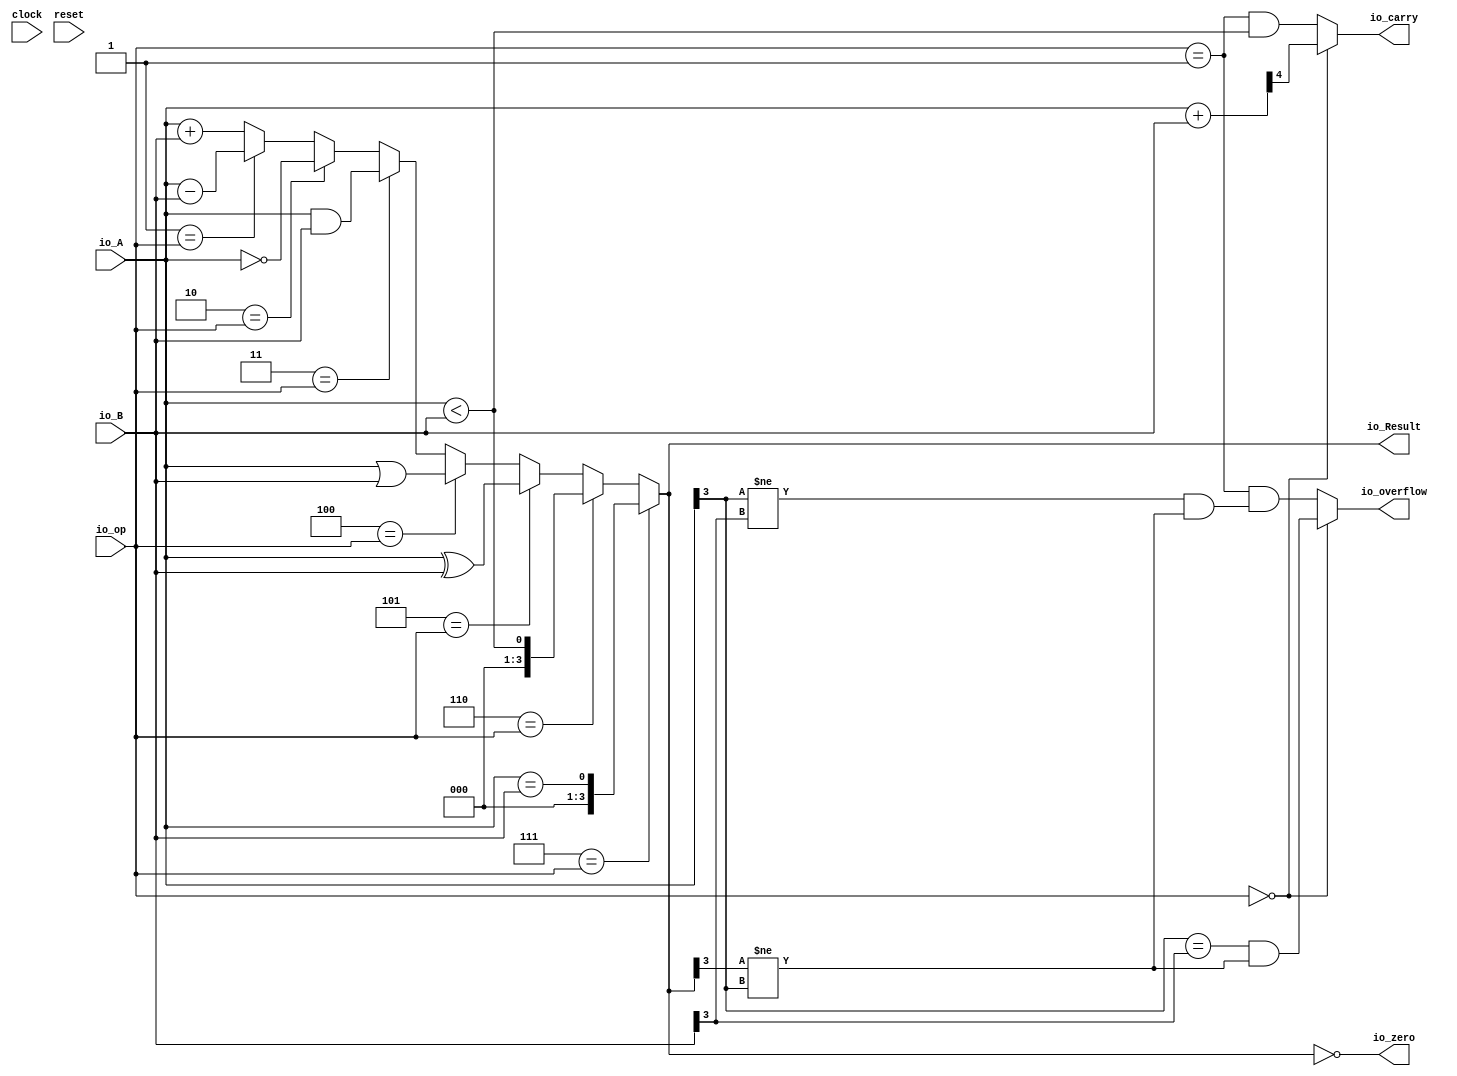
module alu(
  input        clock,
  input        reset,
  input  [3:0] io_A,
  input  [3:0] io_B,
  input  [2:0] io_op,
  output [3:0] io_Result,
  output       io_zero,
  output       io_carry,
  output       io_overflow
);
  wire [4:0] _io_Result_T = io_A + io_B; // @[lab3.scala 30:27]
  wire [3:0] _io_Result_T_1 = io_A + io_B; // @[lab3.scala 30:27]
  wire [3:0] _io_Result_T_3 = io_A - io_B; // @[lab3.scala 31:27]
  wire [3:0] _io_Result_T_4 = ~io_A; // @[lab3.scala 32:21]
  wire [3:0] _io_Result_T_5 = io_A & io_B; // @[lab3.scala 33:27]
  wire [3:0] _io_Result_T_6 = io_A | io_B; // @[lab3.scala 34:27]
  wire [3:0] _io_Result_T_7 = io_A ^ io_B; // @[lab3.scala 35:27]
  wire  _io_Result_T_8 = io_A < io_B; // @[lab3.scala 36:27]
  wire  _io_Result_T_9 = io_A == io_B; // @[lab3.scala 37:27]
  wire [3:0] _io_Result_T_11 = 3'h1 == io_op ? _io_Result_T_3 : _io_Result_T_1; // @[Mux.scala 81:58]
  wire [3:0] _io_Result_T_13 = 3'h2 == io_op ? _io_Result_T_4 : _io_Result_T_11; // @[Mux.scala 81:58]
  wire [3:0] _io_Result_T_15 = 3'h3 == io_op ? _io_Result_T_5 : _io_Result_T_13; // @[Mux.scala 81:58]
  wire [3:0] _io_Result_T_17 = 3'h4 == io_op ? _io_Result_T_6 : _io_Result_T_15; // @[Mux.scala 81:58]
  wire [3:0] _io_Result_T_19 = 3'h5 == io_op ? _io_Result_T_7 : _io_Result_T_17; // @[Mux.scala 81:58]
  wire [3:0] _io_Result_T_21 = 3'h6 == io_op ? {{3'd0}, _io_Result_T_8} : _io_Result_T_19; // @[Mux.scala 81:58]
  wire  _io_overflow_T_5 = io_Result[3] != io_A[3]; // @[lab3.scala 56:63]
  wire  _GEN_1 = io_op == 3'h1 & _io_Result_T_8; // @[lab3.scala 26:17 57:36 58:21]
  wire  _GEN_2 = io_op == 3'h1 & (io_A[3] != io_B[3] & _io_overflow_T_5); // @[lab3.scala 27:17 57:36 59:21]
  assign io_Result = 3'h7 == io_op ? {{3'd0}, _io_Result_T_9} : _io_Result_T_21; // @[Mux.scala 81:58]
  assign io_zero = io_Result == 4'h0; // @[lab3.scala 40:20]
  assign io_carry = io_op == 3'h0 ? _io_Result_T[4] : _GEN_1; // @[lab3.scala 54:30 55:21]
  assign io_overflow = io_op == 3'h0 ? io_A[3] == io_B[3] & io_Result[3] != io_A[3] : _GEN_2; // @[lab3.scala 54:30 56:21]
endmodule